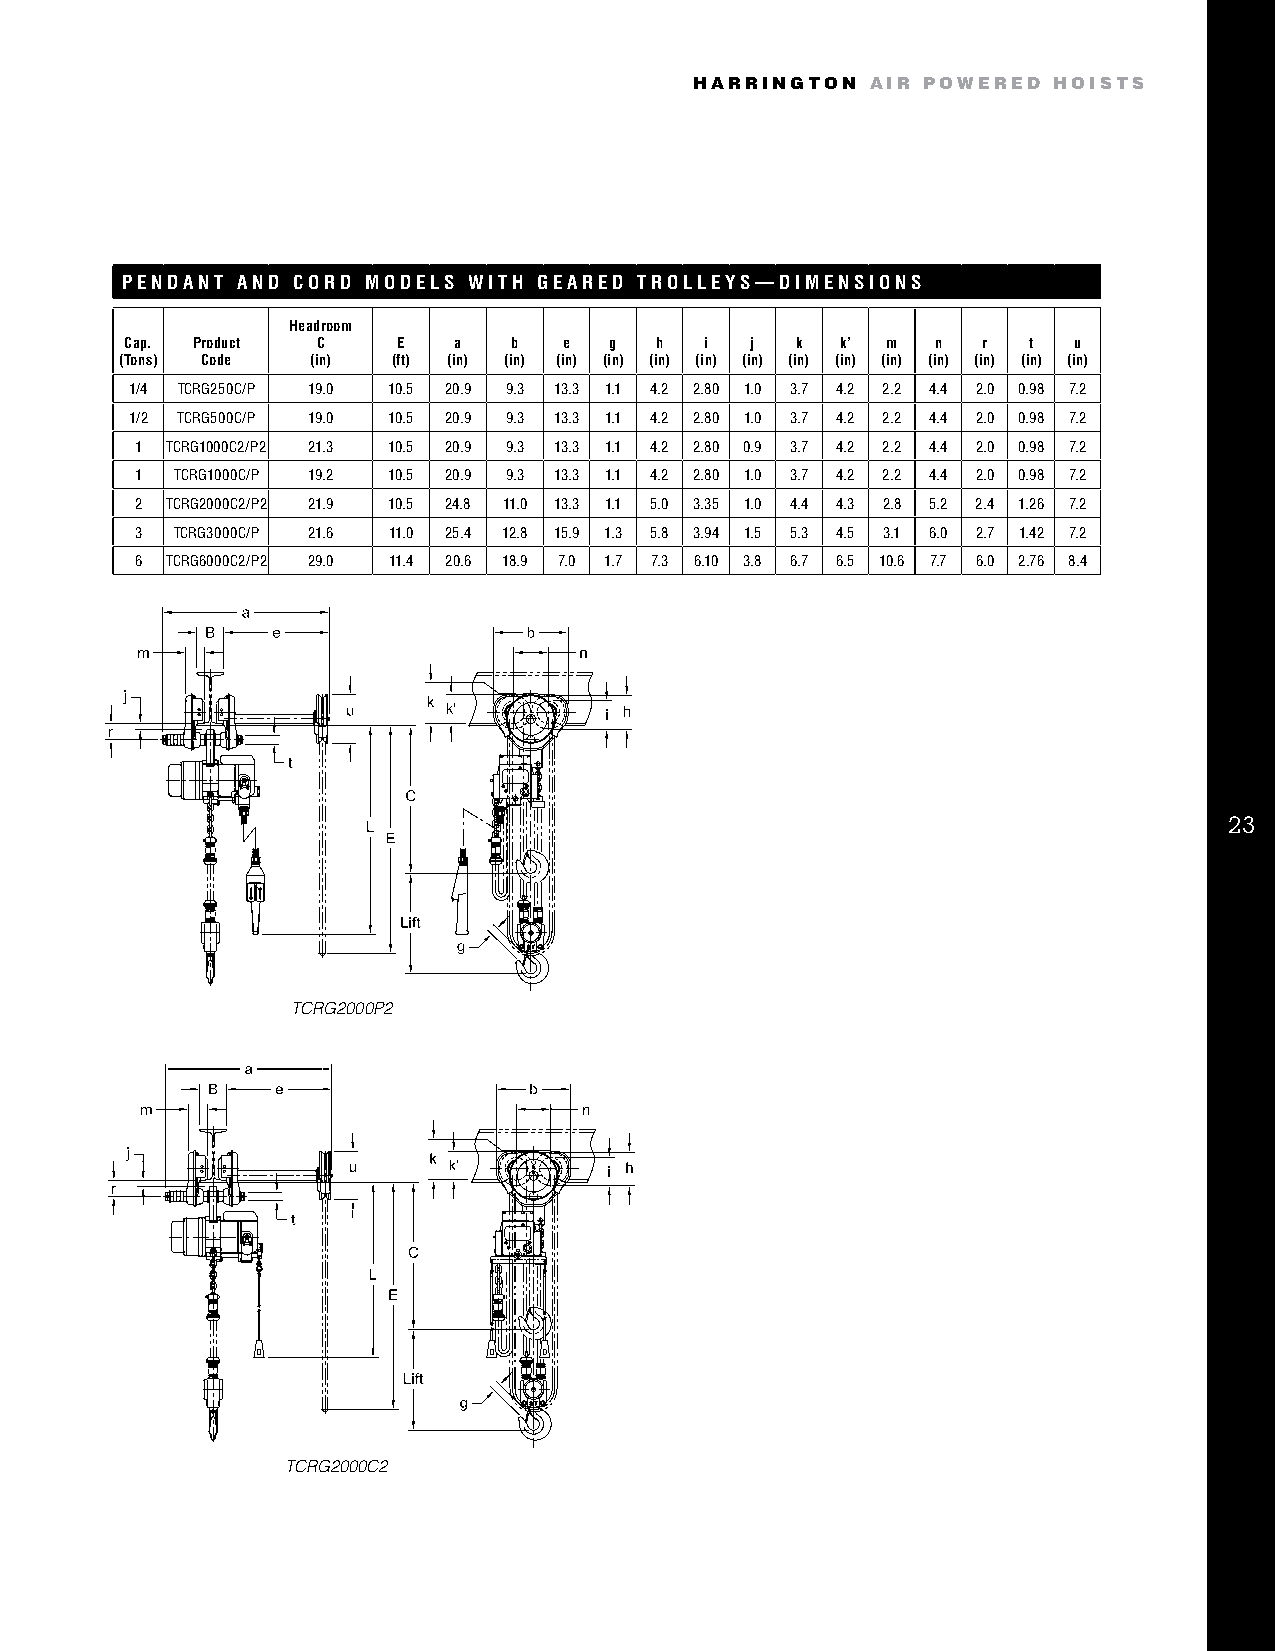
HARRINGTON  AIR POWERED HOISTS
 PENDANT AND CORD MODELS WITH GEARED TROLLEYS—DIMENSIONS
 Headroom
 Cap. Product C    E   a   b  e  g  h   i  j  k  k’ m  n  r  t  u
 (Tons) Code  (in) (ft) (in) (in) (in) (in) (in) (in) (in) (in) (in) (in) (in) (in) (in) (in)
 1/4 TCRG250C/P 19.0 10.5 20.9 9.3 13.3 1.1 4.2 2.80 1.0 3.7 4.2 2.2 4.4 2.0 0.98 7.2
 1/2 TCRG500C/P 19.0 10.5 20.9 9.3 13.3 1.1 4.2 2.80 1.0 3.7 4.2 2.2 4.4 2.0 0.98 7.2
 1 TCRG1000C2/P2 21.3 10.5 20.9 9.3 13.3 1.1 4.2 2.80 0.9 3.7 4.2 2.2 4.4 2.0 0.98 7.2
 1  TCRG1000C/P 19.2 10.5 20.9 9.3 13.3 1.1 4.2 2.80 1.0 3.7 4.2 2.2 4.4 2.0 0.98 7.2
 2 TCRG2000C2/P2 21.9 10.5 24.8 11.0 13.3 1.1 5.0 3.35 1.0 4.4 4.3 2.8 5.2 2.4 1.26 7.2
 3 TCRG3000C/P 21.6 11.0 25.4 12.8 15.9 1.3 5.8 3.94 1.5 5.3 4.5 3.1 6.0 2.7 1.42 7.2
 6 TCRG6000C2/P2 29.0 11.4 20.6 18.9 7.0 1.7 7.3 6.10 3.8 6.7 6.5 10.6 7.7 6.0 2.76 8.4
 23
 TCRG2000P2
 Illustrator File Name:
 TCRG2000C2.eps
 11/3/03 • MPD • 100%
 Original Source File (pdf):
 FIGURE_1.PDF (folder: 0273) • 9/2/03
 TCRG2000C2
 Illustrator File Name:
 TCRG2000P2.eps
 11/3/03 • MPD • 100%
 Original Source File (pdf):
 FIGURE_2.PDF (folder: 0273) • 9/2/03